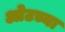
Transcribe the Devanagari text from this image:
ओटच्या